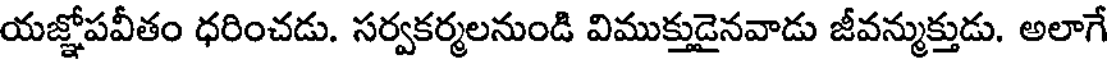
యజ్ఞోపవీతం ధరించడు. సర్వకర్మలనుండి విముక్తుడైనవాడు జీవన్ముక్తుడు. అలాగే